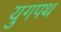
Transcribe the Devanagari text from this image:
युगपथ